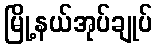
မြို့နယ်အုပ်ချုပ်